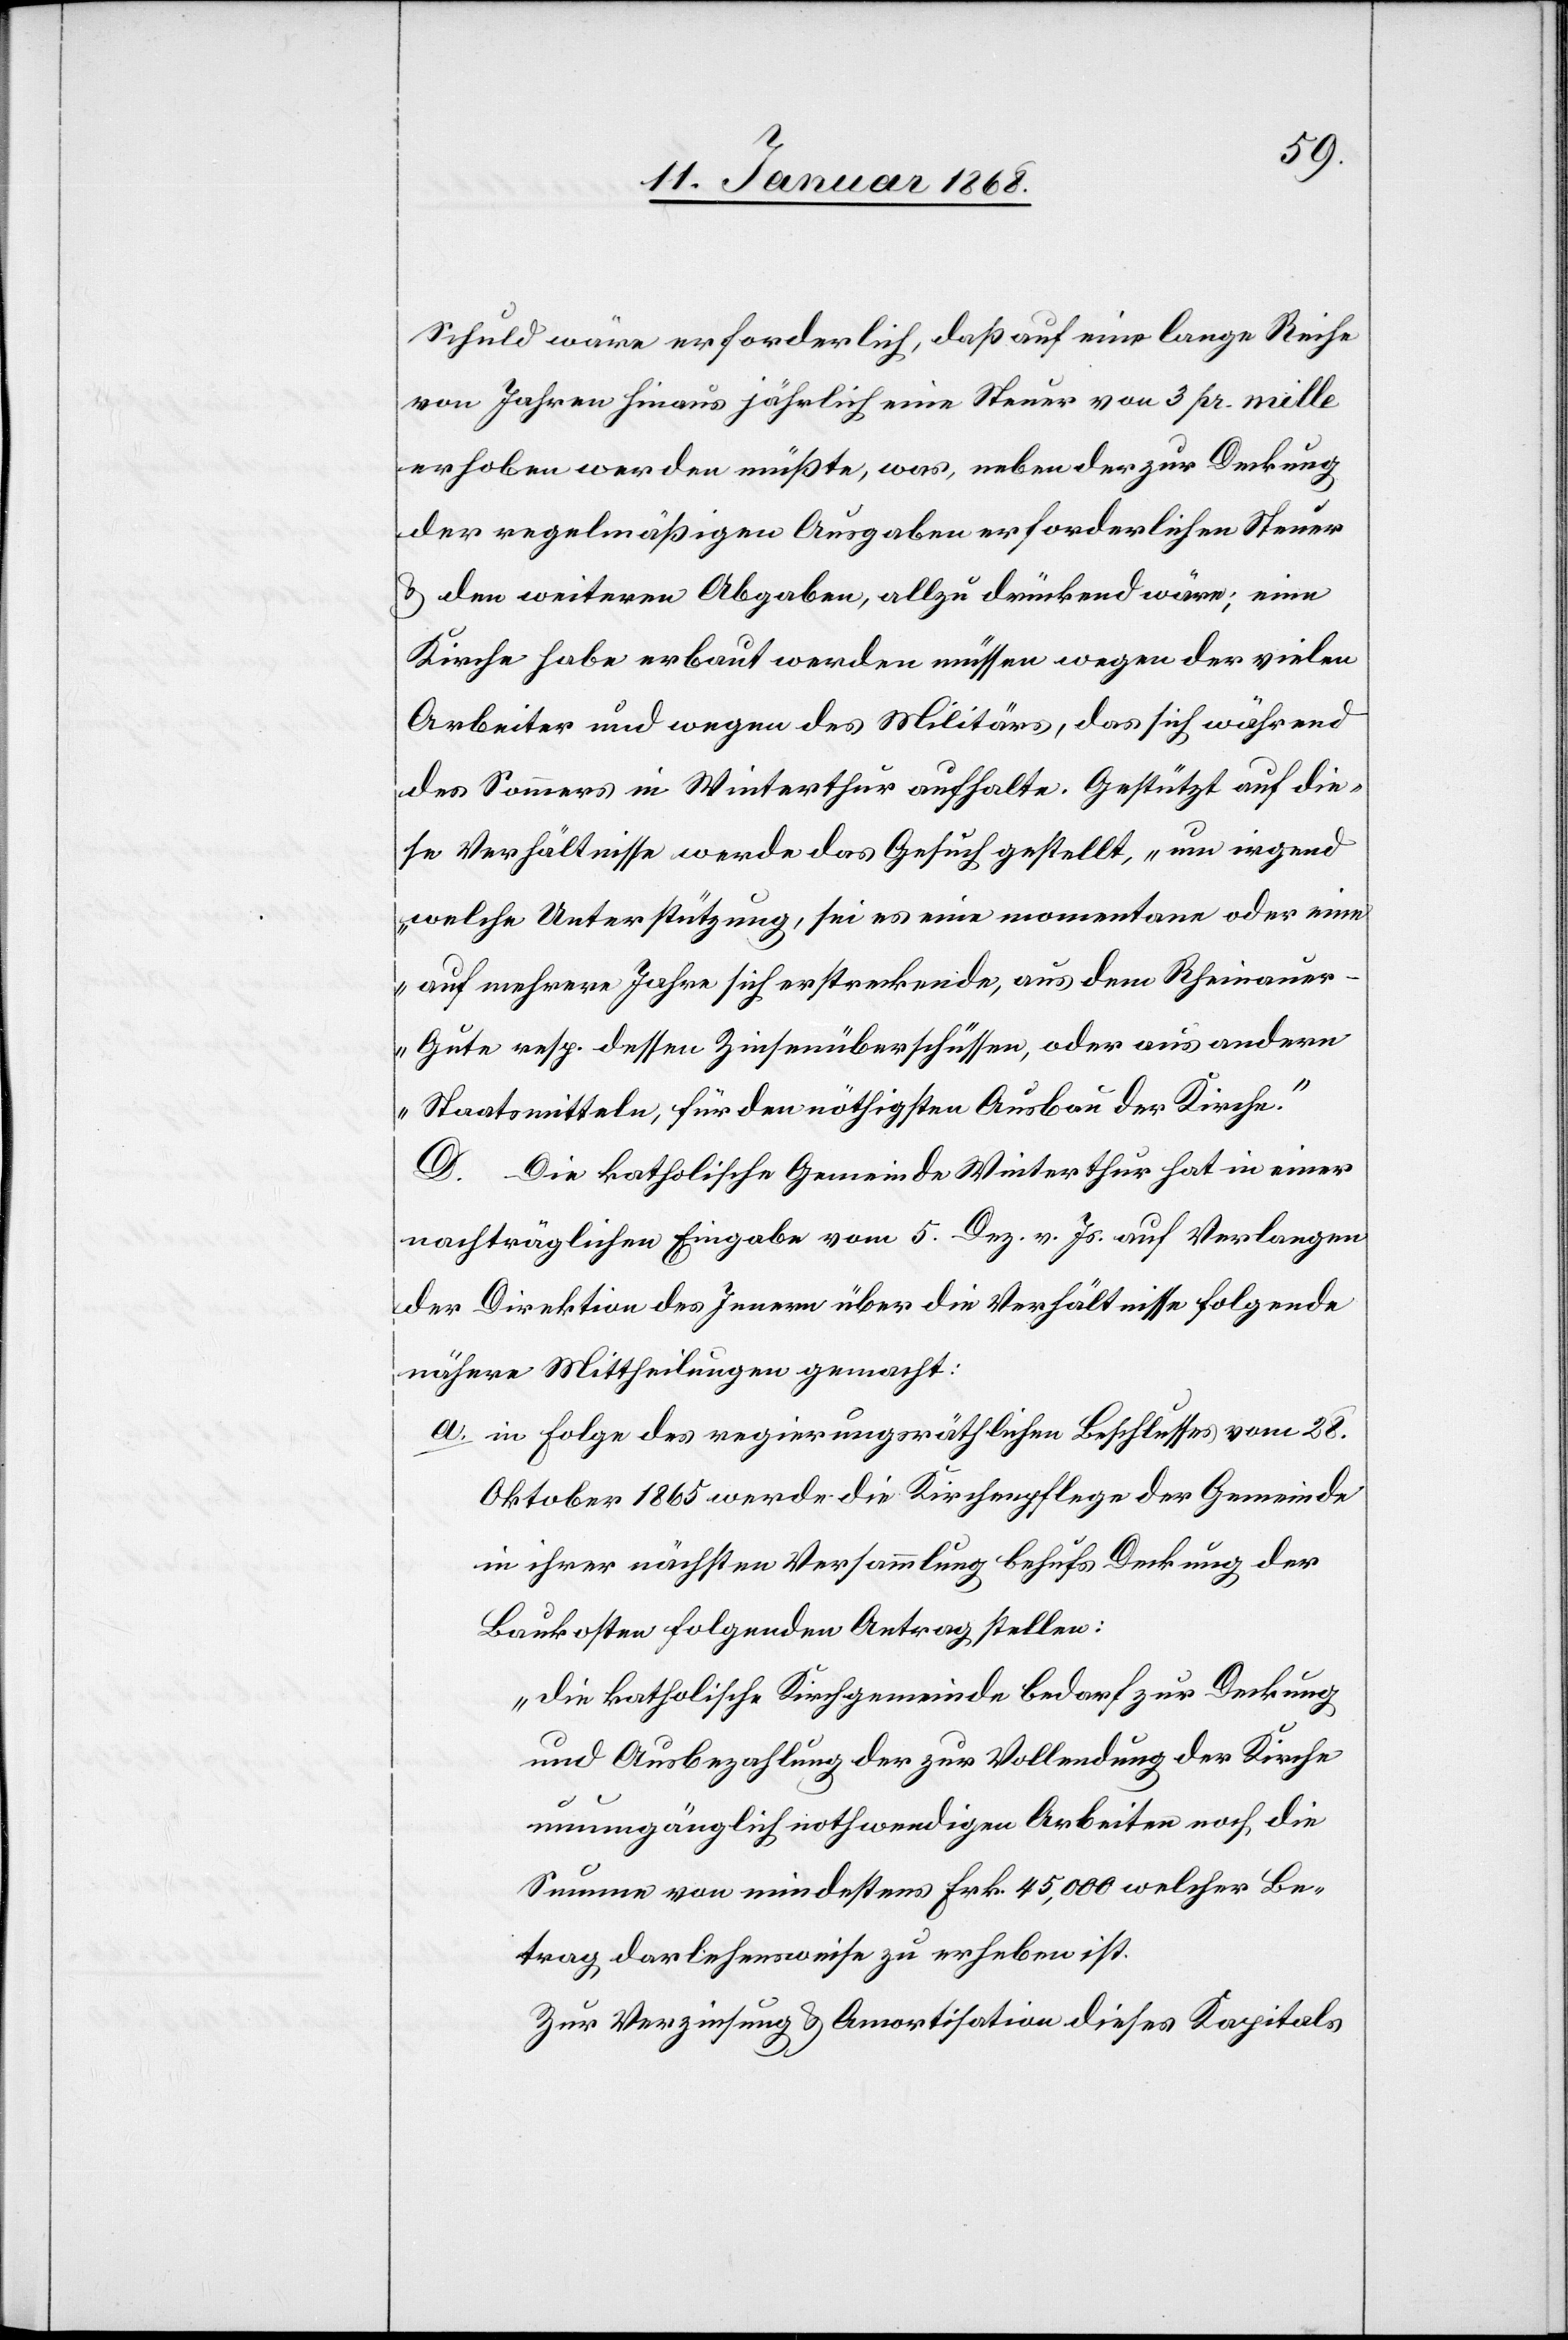
Schuld wäre erforderlich, daß auf eine lange Reihe
von Jahren hinaus jährlich eine Steuer von 3 pr. mille
erhoben werden müßte, was, neben der zur Deckung
der regelmäßigen Ausgaben erforderlichen Steuer
& den weiteren Abgaben, allzu drückend wäre; eine
Kirche habe erbaut werden müssen wegen der vielen
Arbeiter und wegen des Militärs, das sich während
des Sommers in Winterthur aufhalte. Gestützt auf die¬
se Verhältnisse werde das Gesuch gestellt, „um irgend
welche Unterstützung, sei es eine momentane oder eine
auf mehrere Jahre sich erstreckende, aus dem Rheinaue¬
r-Gute resp. dessen Zinsenüberschüssen, oder aus andern
Staatsmitteln, für den nöthigsten Ausbau der Kirche.“
D. Die katholische Gemeinde Winterthur hat in einer
nachträglichen Eingabe vom 5. Dez. v. Js. auf Verlangen
der Direktion des Innern über die Verhältnisse folgende
nähere Mittheilungen gemacht:
in Folge des regierungsräthlichen Beschlusses vom 28.
Oktober 1865 werde die Kirchenpflege der Gemeinde
in ihrer nächsten Versammlung behufs Deckung der
Baukosten folgenden Antrag stellen:
„die katholische Kirchgemeinde bedarf zur Deckung
und Ausbezahlung der zur Vollendung der Kirche
a.
unumgänglich nothwendigen Arbeiten noch die
Summe von mindestens Frk. 45,000 welcher Be¬
trag darlehensweise zu erheben ist.
Zur Verzinsung & Amortisation dieses Kapitals